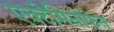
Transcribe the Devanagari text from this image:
एक्टेमिनोफेन